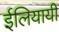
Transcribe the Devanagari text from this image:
ईलियायी